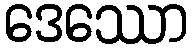
ဒေဿော